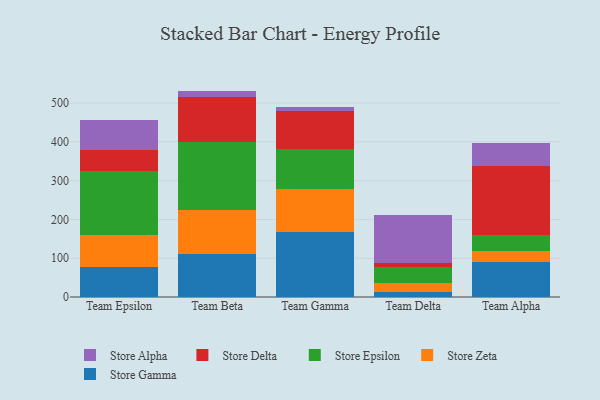
{"axis": {"x": "Team", "y": "Customer Acquisition Cost (USD)"}, "legend": ["Store Alpha", "Store Delta", "Store Epsilon", "Store Gamma", "Store Zeta"], "data": [{"x": "Team Epsilon", "y": 76.9, "type": "Store Gamma"}, {"x": "Team Epsilon", "y": 82.3, "type": "Store Zeta"}, {"x": "Team Epsilon", "y": 164.9, "type": "Store Epsilon"}, {"x": "Team Epsilon", "y": 53.9, "type": "Store Delta"}, {"x": "Team Epsilon", "y": 78.5, "type": "Store Alpha"}, {"x": "Team Beta", "y": 110.1, "type": "Store Gamma"}, {"x": "Team Beta", "y": 113.5, "type": "Store Zeta"}, {"x": "Team Beta", "y": 176.5, "type": "Store Epsilon"}, {"x": "Team Beta", "y": 115.8, "type": "Store Delta"}, {"x": "Team Beta", "y": 15.6, "type": "Store Alpha"}, {"x": "Team Gamma", "y": 167.2, "type": "Store Gamma"}, {"x": "Team Gamma", "y": 111.8, "type": "Store Zeta"}, {"x": "Team Gamma", "y": 102.9, "type": "Store Epsilon"}, {"x": "Team Gamma", "y": 96.5, "type": "Store Delta"}, {"x": "Team Gamma", "y": 12.5, "type": "Store Alpha"}, {"x": "Team Delta", "y": 12.0, "type": "Store Gamma"}, {"x": "Team Delta", "y": 23.1, "type": "Store Zeta"}, {"x": "Team Delta", "y": 41.2, "type": "Store Epsilon"}, {"x": "Team Delta", "y": 11.4, "type": "Store Delta"}, {"x": "Team Delta", "y": 124.0, "type": "Store Alpha"}, {"x": "Team Alpha", "y": 89.3, "type": "Store Gamma"}, {"x": "Team Alpha", "y": 29.2, "type": "Store Zeta"}, {"x": "Team Alpha", "y": 42.2, "type": "Store Epsilon"}, {"x": "Team Alpha", "y": 177.3, "type": "Store Delta"}, {"x": "Team Alpha", "y": 59.2, "type": "Store Alpha"}]}